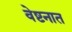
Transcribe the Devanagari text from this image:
वेष्टनात